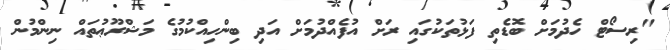
"ރިސޯޓް ހެދުމަށް ބޮޑެތި ފަޅުތަކުގައި ރަށް އުފެއްދުމަށް އަދި ބިންހިއްކުމުގެ މަޝްރޫޢުތައް ނިންމުން